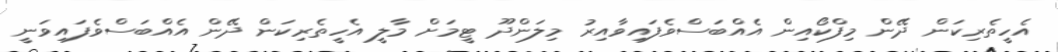
އެހީތެރިކަން ދޭން މިފްކޯއިން އެއްބަސްވެފައިވާއިރު މިލަންދޫ ޓީމަށް މާލީ އެހީތެރިކަން ދޭން އެއްބަސްވެފައިވަނީ